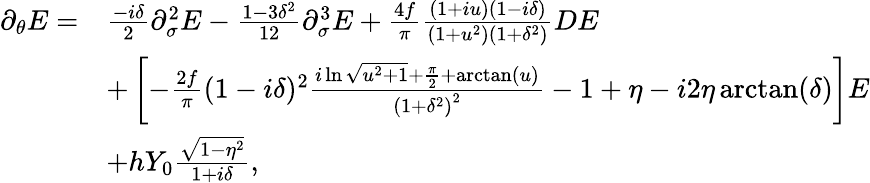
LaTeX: \begin{array}{rl}{\partial_{\theta}E=}&{\frac{-i\delta}{2}\partial_{\sigma}^{2}E-\frac{1-3\delta^{2}}{12}\partial_{\sigma}^{3}E+\frac{4f}{\pi}\frac{(1+iu)(1-i\delta)}{(1+u^{2})(1+\delta^{2})}DE}\\ &{+\left[-\frac{2f}{\pi}(1-i\delta)^{2}\frac{i\ln\sqrt{u^{2}+1}+\frac{\pi}{2}+\arctan(u)}{\left(1+\delta^{2}\right)^{2}}-1+\eta-i2\eta\arctan(\delta)\right]E}\\ &{+hY_{0}\frac{\sqrt{1-\eta^{2}}}{1+i\delta},}\end{array}